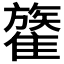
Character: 𩀥